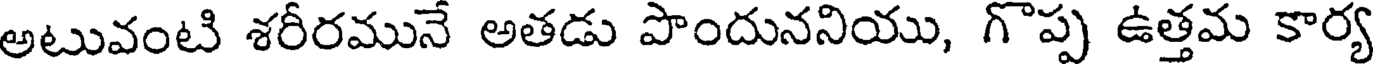
అటువంటి శరీరమునే అతడు పొందుననియు, గొప్ప ఉత్తమ కార్య